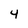
Character: 4